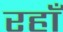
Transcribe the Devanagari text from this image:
रहाँ